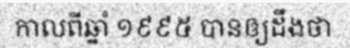
កាលពីឆ្នាំ ១៩៩៥ បានឲ្យដឹងថា